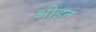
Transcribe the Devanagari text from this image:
ओड़त